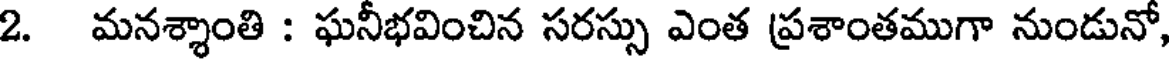
2. మనశ్శాంతి : ఘనీభవించిన సరస్సు ఎంత ప్రశాంతముగా నుండునో,